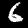
Label: 6